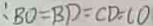
: B O = B D = C D = C O